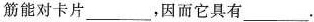
筋能对卡片___，因而它具有___.